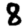
Digit: 8